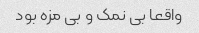
واقعا بی نمک و بی مزه بود